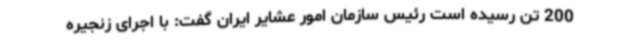
200 تن رسیده است رئیس سازمان امور عشایر ایران گفت: با اجرای زنجیره